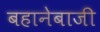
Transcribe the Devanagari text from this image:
बहानेबाजी